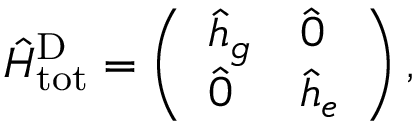
\hat { H } _ { \mathrm { t o t } } ^ { \mathrm { D } } = \left( \begin{array} { l l } { \hat { h } _ { g } } & { \hat { 0 } } \\ { \hat { 0 } } & { \hat { h } _ { e } } \end{array} \right) ,